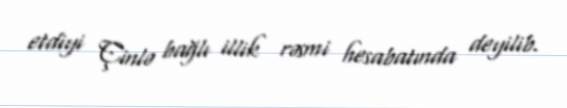
etdiyi Çinlə bağlı illik rəsmi hesabatında deyilib.